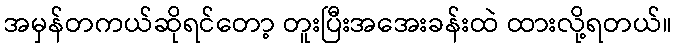
အမှန်တကယ်ဆိုရင်တော့ တူးပြီးအအေးခန်းထဲ ထားလို့ရတယ်။